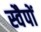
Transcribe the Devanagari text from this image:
स्वैपों